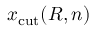
x _ { \mathrm { c u t } } ( R , n )